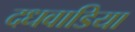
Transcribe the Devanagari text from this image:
दधवाडिया